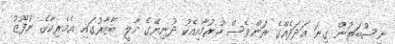
ނިސްބަތުން ގިނަ އަދަދެއްގެ ރަންވެސް ހުރުމާއިއެކު ދުނިޔޭގެ މާލީ ބާޒާރުގައި އެމެރިކާގެ ނުފޫޒު